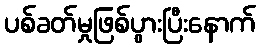
ပစ်ခတ်မှုဖြစ်ပွားပြီးနောက်